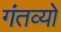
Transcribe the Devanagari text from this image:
गंतव्यो